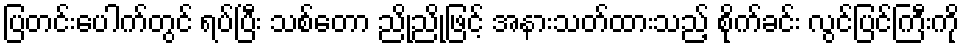
ပြတင်းပေါက်တွင် ရပ်ပြီး သစ်တော ညို့ညို့ဖြင့် အနားသတ်ထားသည့် စိုက်ခင်း လွင်ပြင်ကြီးကို